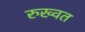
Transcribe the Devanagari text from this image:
रुख्वत